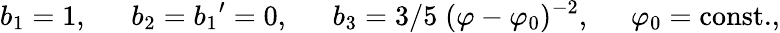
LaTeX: b_{1}=1,\ \ \ \ \ \ b_{2}={b_{1}}^{\prime}=0,\ \ \ \ \ \ b_{3}={3}/{5}\; (\varphi-\varphi_{0})^{-2},\; \; \; \; \; \varphi_{0}=\mathrm{const.},